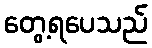
တွေ့ရပေသည်